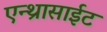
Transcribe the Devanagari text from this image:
एन्थ्रासाईट